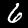
Digit: 6